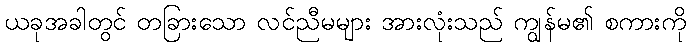
ယခုအခါတွင် တခြားသော လင်ညီမများ အားလုံးသည် ကျွန်မ၏ စကားကို